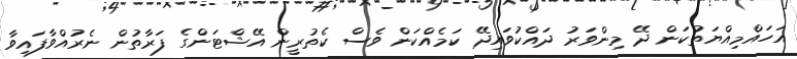
އަހައްމިއްޔަތުކަން ދޭ މިންވަރު ދައްކުވައިދޭ ކަމެއްކަން ވެސް ކެތުރީން އޭޝްޓަންގެ ފަރާތުން ނެރުއްވާފައިވާ